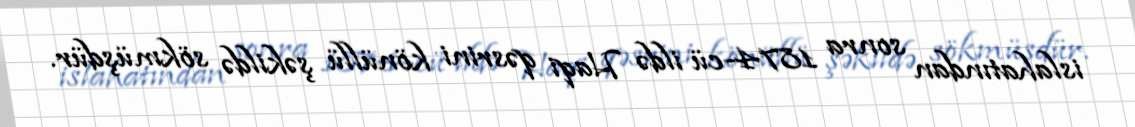
islahatından sonra 1874-cü ildə Haqi qəsrini könüllü şəkildə sökmüşdür.